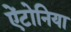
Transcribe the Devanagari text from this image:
ऐंटोनिया